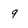
Character: 9